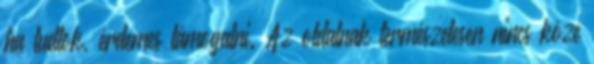
ha tudtok, érdemes támogatni. Az oldalnak természetesen nincs köze